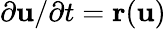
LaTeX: \partial\mathbf{u}/\partial t=\mathbf{r}(\mathbf{u})